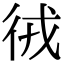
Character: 㣝